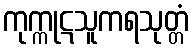
ကုက္ကုဋသူကရသုတ္တံ